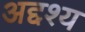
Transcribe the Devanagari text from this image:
अद्दश्य